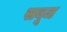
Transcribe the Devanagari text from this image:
सबूज